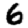
Digit: 6